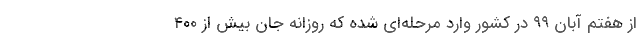
از هفتم آبان ۹۹ در کشور وارد مرحله‌ای شده که روزانه جان بیش از ۴۰۰